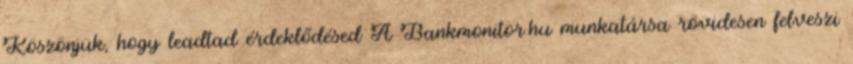
Köszönjük, hogy leadtad érdeklődésed A Bankmonitor.hu munkatársa rövidesen felveszi